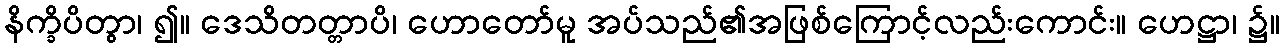
နိက္ခိပိတွာ၊ ၍။ ဒေသိတတ္တာပိ၊ ဟောတော်မူ အပ်သည်၏အဖြစ်ကြောင့်လည်းကောင်း။ ဟေဋ္ဌာ၊ ၌။